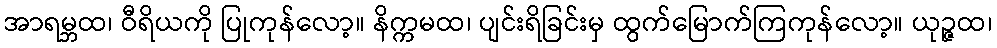
အာရမ္ဘထ၊ ဝီရိယကို ပြုကုန်လော့။ နိက္ကမထ၊ ပျင်းရိခြင်းမှ ထွက်မြောက်ကြကုန်လော့။ ယုဉ္ဇထ၊